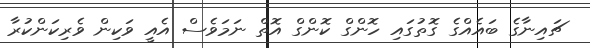
ޗައިނާގެ ބައެއްގެ ގޮތުގައި ހޮންގް ކޮންގް އޮތް ނަމަވެސް އެއީ ވަކިން ވެރިކަންކުރާ